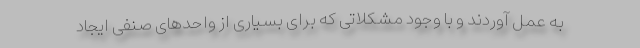
به عمل آوردند و با وجود مشکلاتی که برای بسیاری از واحدهای صنفی ایجاد